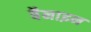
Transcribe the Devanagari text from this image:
बैनाइन